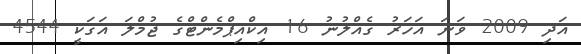
އަދި 2009 ވަނަ އަހަރު ގެއްލުނު 16 އިކްއިޕްމެންޓްގެ ޖުމްލަ އަގަކީ 4544